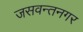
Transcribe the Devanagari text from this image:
जसवन्तनगर